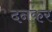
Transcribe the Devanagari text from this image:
दनकर